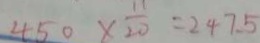
4 5 0 \times \frac { 1 1 } { 2 0 } = 2 4 7 . 5